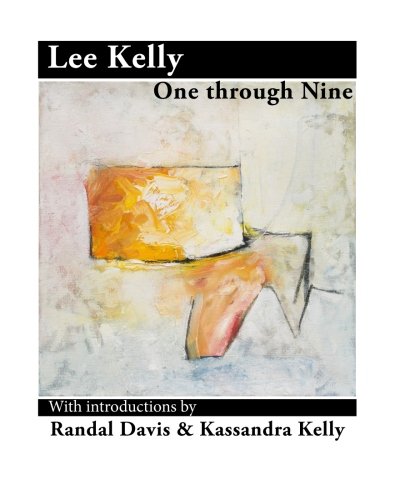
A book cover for Lee Kelly: One through Nine; Lee Kelly; Arts & Photography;